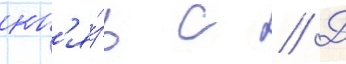
кн'я́зь с // Д